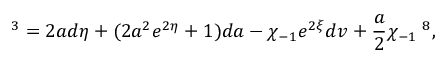
{ \bf \tau } ^ { 3 } = 2 a d \eta + ( 2 a ^ { 2 } e ^ { 2 \eta } + 1 ) d a - \chi _ { - 1 } e ^ { 2 \xi } d v + \frac { a } { 2 } \chi _ { - 1 } { \bf \tau } ^ { 8 } ,